Vaccination United Provinces of Agra and Oudh 1914-1922 - 1914-1922
Year: 1914
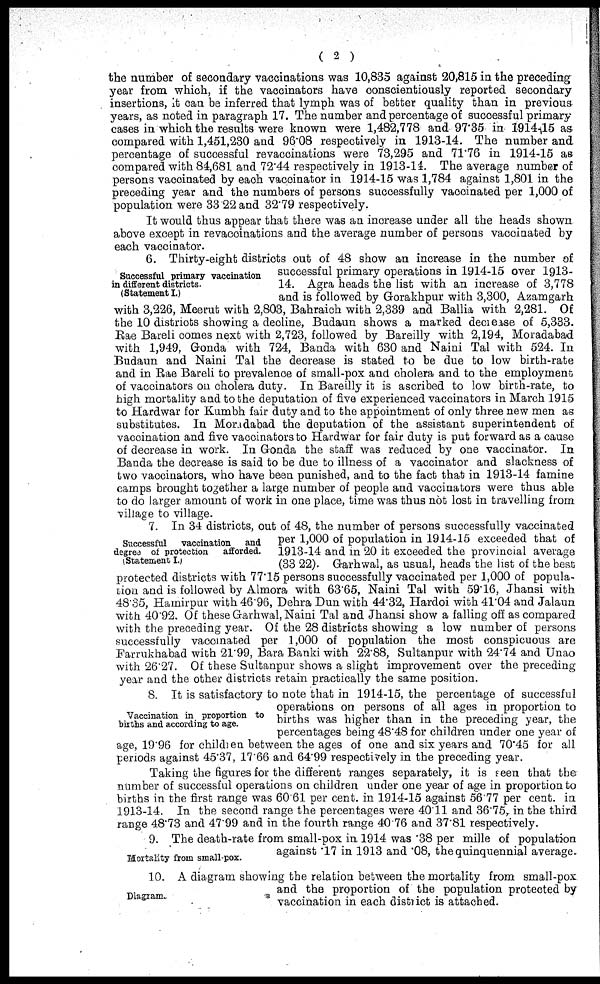
( 2 )
the number of secondary vaccinations was 10,835 against 20,815 in the preceding
year from which, if the vaccinators have conscientiously reported secondary
insertions, it can be inferred that lymph was of better quality than in previous
years, as noted in paragraph 17. The number and percentage of successful primary-
cases in which the results were known were 1,482,778 and 97.35 in 1914-15 as
compared with 1,451,230 and 96.08 respectively in 1913-14. The number and
percentage of successful revaccinations were 73,295 and 71.76 in 1914-15 as
compared with 84,681 and 72.44 respectively in 1913-14. The average number of
persons vaccinated by each vaccinator in 1914-15 was 1,784 against 1,801 in the
preceding year and the numbers of persons successfully vaccinated per 1,000 of
population were 33.22 and 32.79 respectively.
It would thus appear that there was an increase under all the heads shown
above except in revaccinations and the average number of persons vaccinated by
each vaccinator.
Successful primary vaccination
in different districts.
(Statement I.)
6. Thirty-eight districts out of 48 show an increase in the number of
successful primary operations in 1914-15 over 1913-
14. Agra heads the list with an increase of 3,778
and is followed by Gorakhpur with 3,300, Azamgarh
with 3,226, Meerut with 2,803, Bahraich with 2,339 and Ballia with 2,281. Of
the 10 districts showing a decline, Budaun shows a marked decrease of 5,333.
Rae Bareli comes next with 2,723, followed by Bareilly with 2,194, Moradabad
with 1,949, Gonda with 724, Banda with 630 and Naini Tal with 524. In
Budaun and Naini Tal the decrease is stated to be due to low birth-rate
and in Rae Bareli to prevalence of small-pox and cholera and to the employment
of vaccinators on cholera duty. In Bareilly it is ascribed to low birth-rate, to
high mortality and to the deputation of five experienced vaccinators in March 1915
to Hardwar for Kumbh fair duty and to the appointment of only three new men as
substitutes. In Moradabad the deputation of the assistant superintendent of
vaccination and five vaccinators to Hardwar for fair duty is put forward as a cause
of decrease in work. In Gonda the staff was reduced by one vaccinator. In
Banda the decrease is said to be due to illness of a vaccinator and slackness of
two vaccinators, who have been punished, and to the fact that in 1913-14 famine
camps brought together a large number of people and vaccinators were thus able
to do larger amount of work in one place, time was thus not lost in travelling from
village to village.
Successful
vaccination and
degree of protection
afforded.
( Statement I.)
7. In 34 districts, out of 48, the number of persons successfully vaccinated
per 1,000 of population in 1914-15 exceeded that of
1913-14 and in 20 it exceeded the provincial average
(33 22). Garhwal, as usual, heads the list of the best
protected districts with 77.15 persons successfully vaccinated per 1,000 of popula-
tion and is followed by Almora with 63.65, Naini Tal with 59.16, Jhansi with
48.35, Hamirpur with 46.96, Dehra Dun with 44.32, Hardoi with 41.04 and Jalaun
with 40.92. Of these Garhwal, Naini Tal and Jhansi show a falling off as compared
with the preceding year. Of the 28 districts showing a low number of persons
successfully vaccinated per 1,000 of population the most conspicuous are
Farrukhabad with 21.99, Bara Banki with 22.88, Sultanpur with 24.74 and Unao
with 26.27. Of these Sultanpur shows a slight improvement over the preceding-
year and the other districts retain practically the same position.
Vaccination in proportion to
births and according to age.
8. It is satisfactory to note that in 1914-15, the percentage of successful
operations on persons of all ages in proportion to
births was higher than in the preceding year, the
percentages being 48.48 for children under one year of
age, 19.96 for children between the ages of one and six years and 70.45 for all
periods against 45.37, 1766 and 64.99 respectively in the preceding year.
Taking the figures for the different ranges separately, it is seen that the
number of successful operations on children under one year of age in proportion to
births in the first range was 60.61 per cent. in 1914-15 against 56.77 per cent. in
1913-14. In the second range the percentages were 40.11 and 36.75, in the third
range 48.73 and 47.99 and in the fourth range 40.76 and 37.81 respectively.
Mortality from small-pox.
9. The death-rate from small-pox in 1914 was .38 per mille of population
against .17 in 1913 and .08, the quinquennial average.
Diagram.
10. A diagram showing the relation between the mortality from small-pox
and the proportion of the population protected by
vaccination in each district is attached.